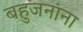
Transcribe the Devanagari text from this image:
बहुजनांना